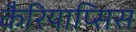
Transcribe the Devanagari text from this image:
कैरियाप्सिस